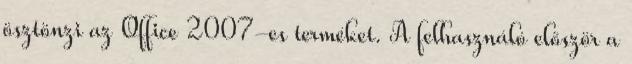
ösztönzi az Office 2007-es terméket. A felhasználó először a